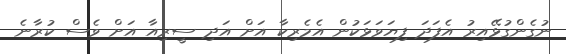
ނުގެންގުޅޭއިރު އެފަދަ ފިޔަވަޅަކުން އެމެރިކާ އަށް އަދި ސީރިއާ އަށް ވެސް ކުރާނެ